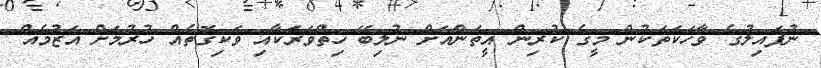
ނުފައިލުގެ ވާހަކަތަކުން މީގެ ކުރިން އީތަންއަށް ނުލިބޭ ހިތްވަރަކާއި ވަކިގޮތެއް ހުރުމަށް އަޒުމެއް